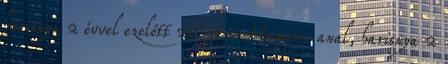
harisnya 2 évvel ezelőtt 20:19 xHamster anal, harisnya 2